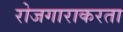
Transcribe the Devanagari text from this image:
रोजगाराकरता